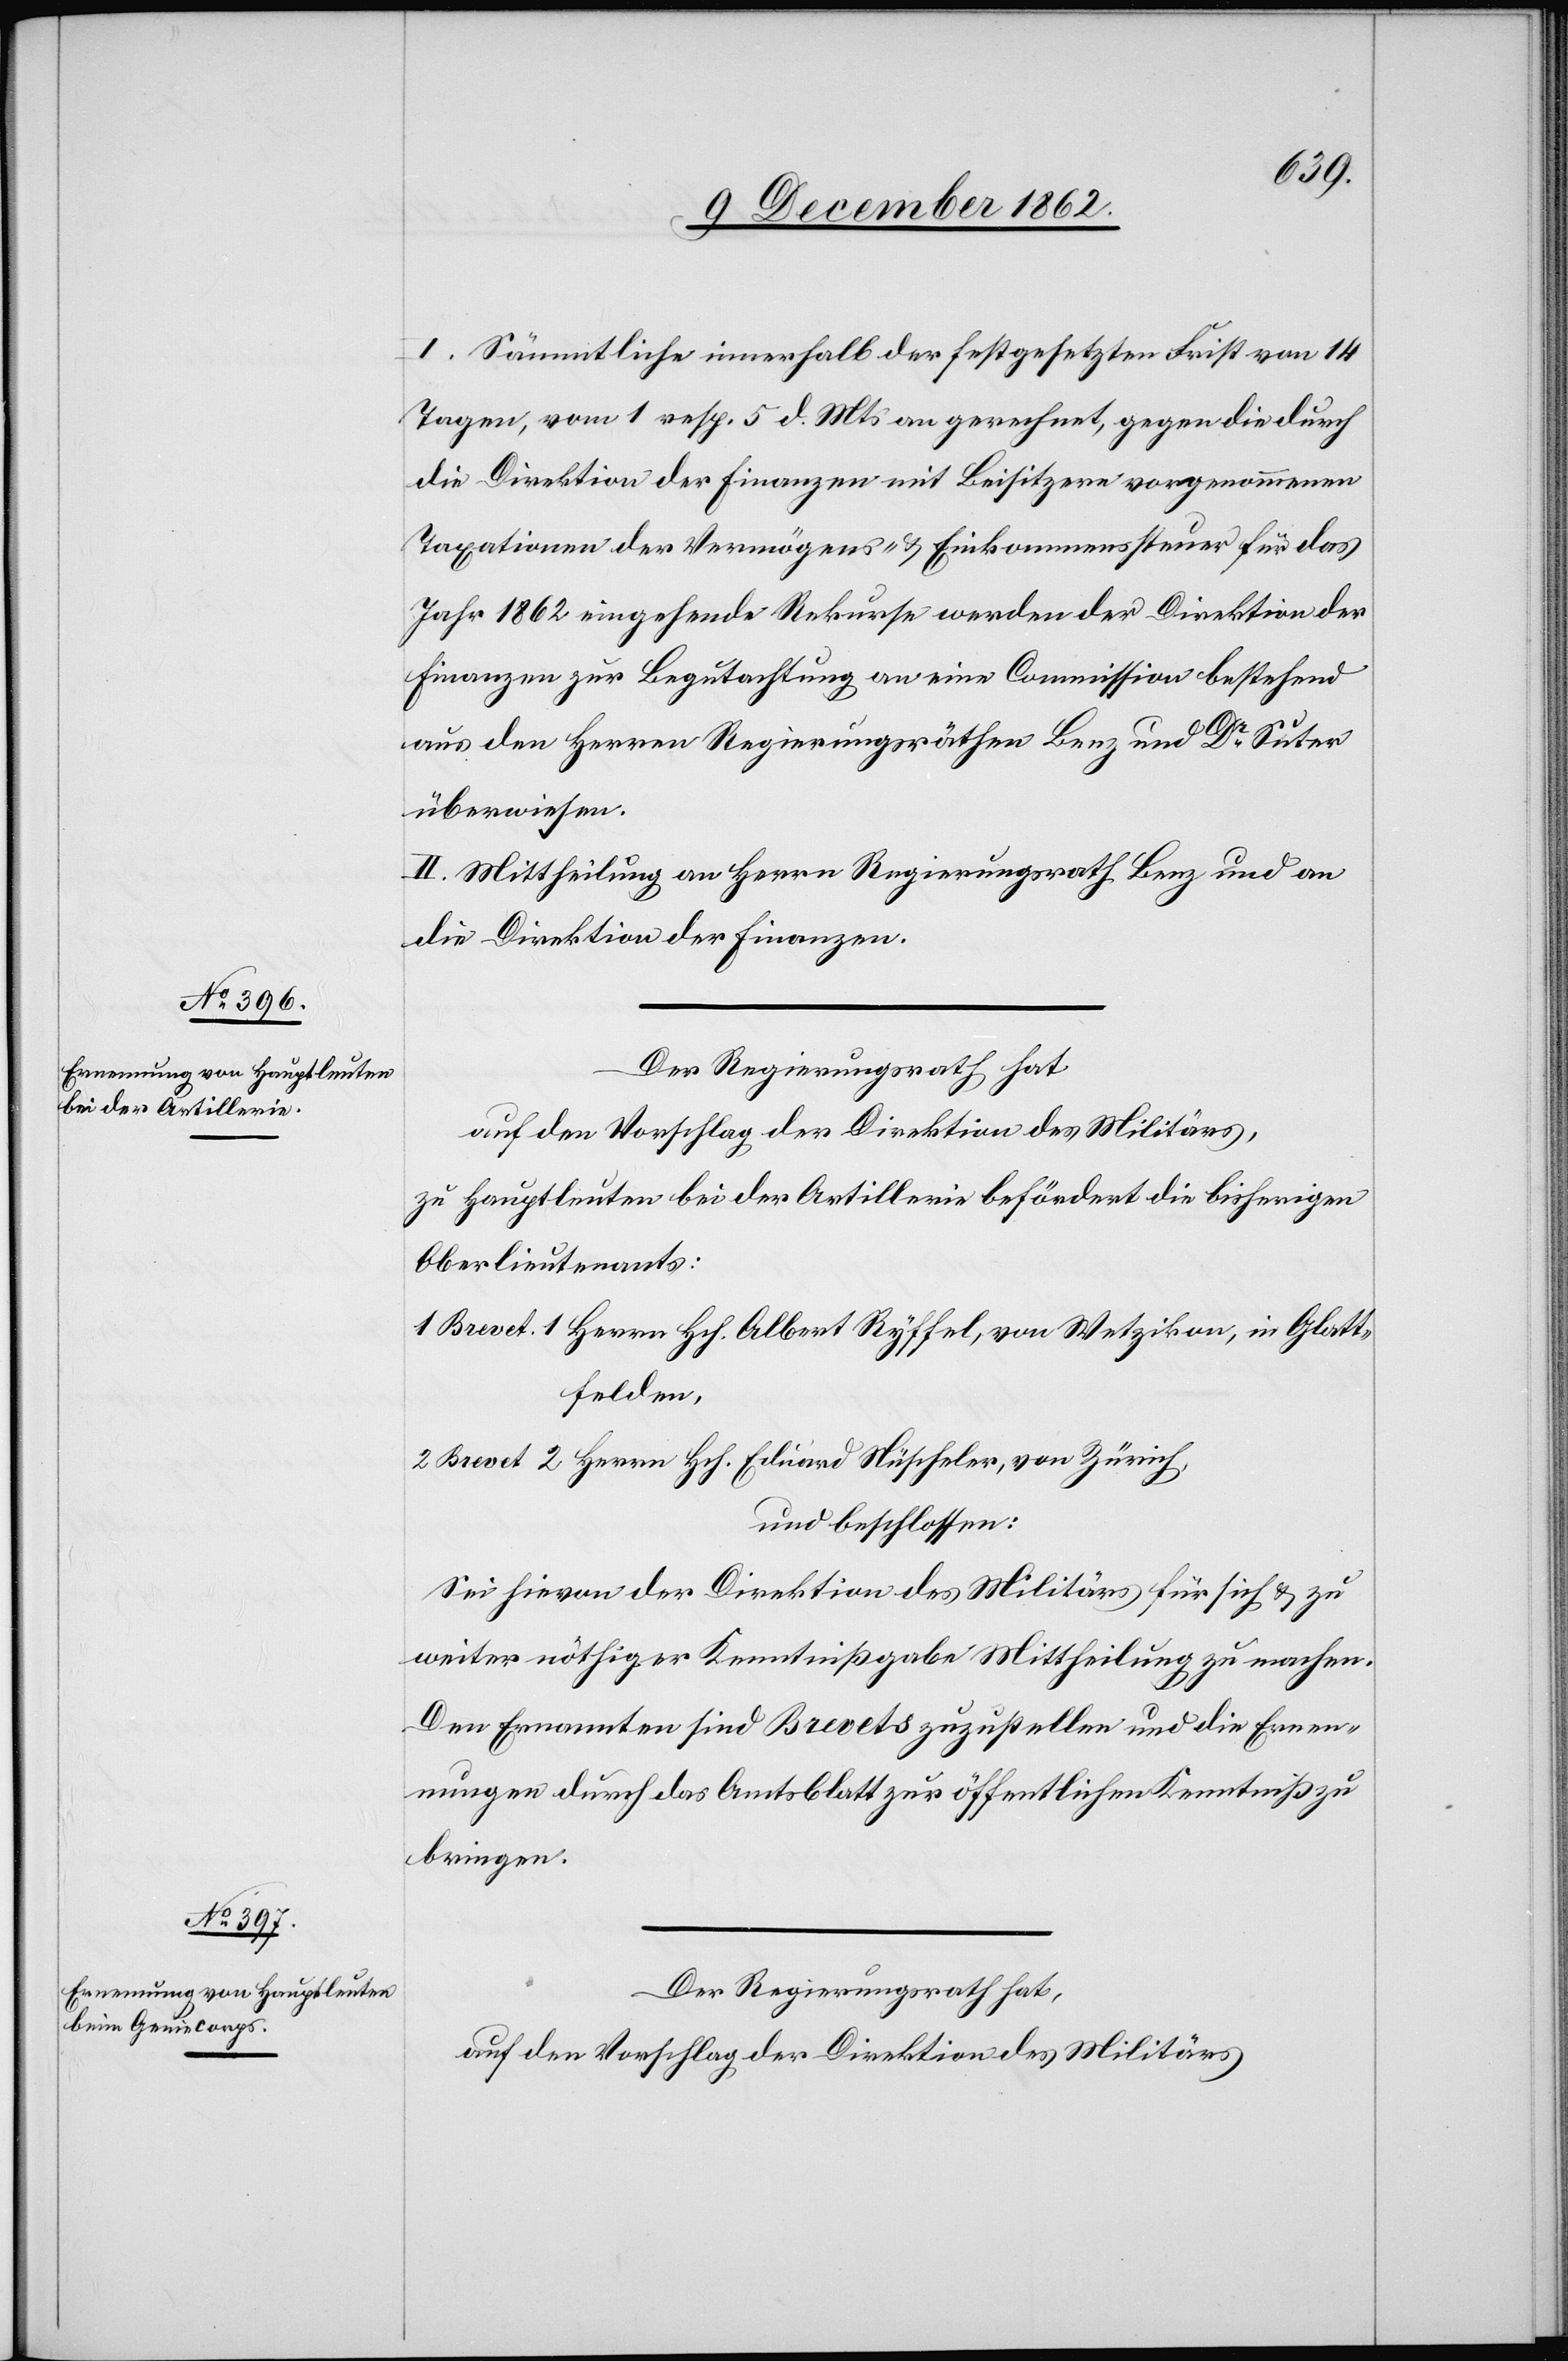
I. Sämmtliche innerhalb der festgesetzten Frist von 14
Tagen, vom 1. resp. 5. d. Mts. an gerechnet, gegen die durch
die Direktion der Finanzen mit Beisitzern vorgenommenen
Taxationen der Vermögens- u. Einkommenssteuer für das
Jahr 1862 eingehende Rekurse werden der Direktion der
Finanzen zur Begutachtung an eine Commission bestehend
aus den Herren Regierungsräthen Benz und Dr Suter
überwiesen.
II. Mittheilung an Herrn Regierungsrath Benz und an
die Direktion der Finanzen.
Der Regierungsrath hat
auf den Vorschlag der Direktion des Militärs,
zu Hauptleuten bei der Artillerie befördert die bisherigen
Oberlieutenants:
1 Brevet 1 Herrn Hch. Albert Ryffel, von Wetzikon, in Glatt¬
felden.
2 Brevet 2 Herrn Hch. Eduard Nüscheler, von Zürich,
und beschlossen:
Sei hievon der Direktion des Militärs für sich u. zu
weiter nöthiger Kenntnißgabe Mittheilung zu machen.
Den Ernannten sind Brevets zuzustellen und die Ernen¬
nungen durch das Amtsblatt zur öffentlichen Kenntniß zu
bringen.
Der Regierungsrath hat,
auf den Vorschlag der Direktion des Militärs